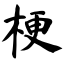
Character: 梗